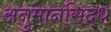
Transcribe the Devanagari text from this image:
अनुमानसिद्ध